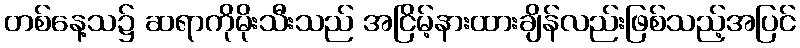
တစ်နေ့သ၌ ဆရာကိုမိုးသီးသည် အငြိမ့်နားထားချိန်လည်းဖြစ်သည့်အပြင်